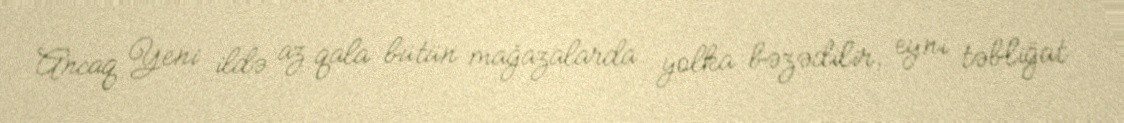
Ancaq Yeni ildə az qala bütün mağazalarda yolka bəzədilir, eyni təbliğat